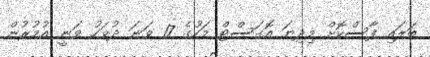
ބަލައި ފާސްކޮށް މިދިޔަ އޮގަސްޓް މަހުގެ 17 ވަނަ ދުވަހު ވަނީ އުމުރުން